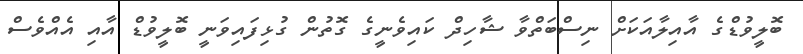
ބޮލީވުޑްގެ އާއިލާއަކަށް ނިސްބަތްވާ ޝާހިދް ކައިވެނީގެ ގޮތުން ގުޅިފައިވަނީ ބޮލީވުޑް އާއި އެއްވެސް